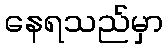
နေရသည်မှာ